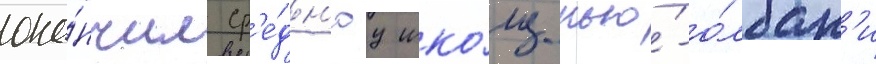
око́нчил ср'е́дн'юу шко́лу нью́-о́лбан'и